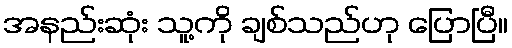
အနည်းဆုံး သူ့ကို ချစ်သည်ဟု ပြောပြီ။